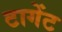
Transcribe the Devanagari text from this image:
टागेंट